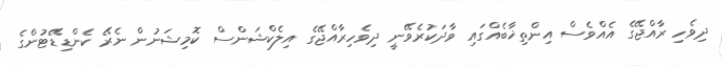
ދިވެހި ރާއްޖޭގެ އެއްވެސް އިންތިޚާބެއްގައި ވާދަކުރެވޭނީ ދިވެހިރާއްޖޭގެ އިލެކްޝަންސް ކޮމިޝަނުން ނެރޭ ކެންޑިޑޭޓުންގެ